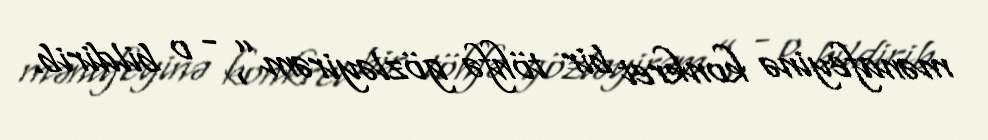
mənafeyinə konkret bir töhfə gözləyirəm”, - o bildirib.